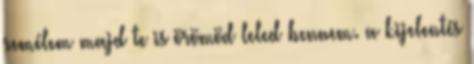
remélem majd te is örömöd leled bennem. a kijelentés